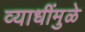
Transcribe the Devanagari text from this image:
व्याधींमुळे